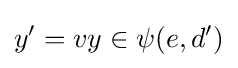
y'=vy\in \psi (e,d')